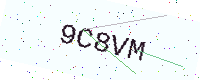
Text: 9C8VM